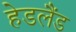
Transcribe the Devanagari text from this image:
हेडलैंड